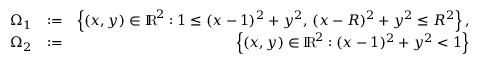
\begin{array} { r l r } { \Omega _ { 1 } } & { : = } & { \left\{ ( x , y ) \in \mathrm { I \! R \! } ^ { 2 } : 1 \le ( x - 1 ) ^ { 2 } + y ^ { 2 } , \, ( x - R ) ^ { 2 } + y ^ { 2 } \le R ^ { 2 } \right\} , } \\ { \Omega _ { 2 } } & { : = } & { \left\{ ( x , y ) \in \mathrm { I \! R \! } ^ { 2 } : ( x - 1 ) ^ { 2 } + y ^ { 2 } < 1 \right\} } \end{array}